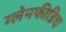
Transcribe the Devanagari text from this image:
ग्लेनफीडिच